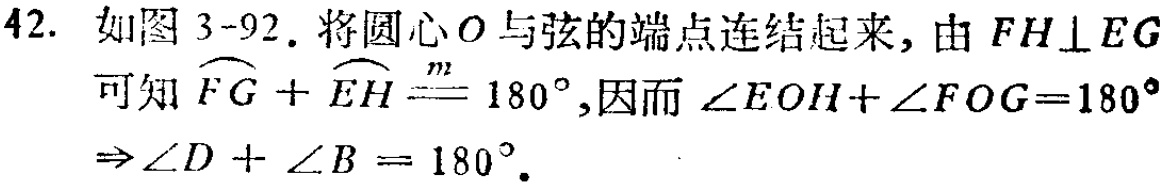
42. 如图 3-92. 将圆心\(O\)与弦的端点连结起来, 由 \(FH\perp EG\)可知\(\overset{\frown}{FG}+\overset{\frown}{EH}\overset{m}{=}180^{\circ}\),因而\(\angle EOH + \angle FOG = 180^{\circ}\Rightarrow\angle D+\angle B = 180^{\circ}\).